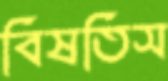
বিষতিস